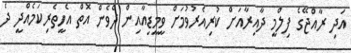
އަދި ރާއްޖޭގެ ފިލްމީ ދާއިރާއަށް ކުރިއެރުވުމަށް ވީމީޑިއާއިން ދެވެން އޮތް އެހީތެރިކަމެއްދީ ދެ